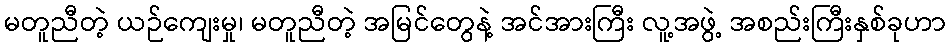
မတူညီတဲ့ ယဉ်ကျေးမှု၊ မတူညီတဲ့ အမြင်တွေနဲ့ အင်အားကြီး လူ့အဖွဲ့ အစည်းကြီးနှစ်ခုဟာ